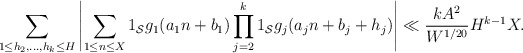
\begin{align*} \sum_{1 \leq h_2,\dots,h_k \leq H} \left|\sum_{1 \leq n \leq X} 1_{\mathcal S} g_1(a_1 n + b_1) \prod_{j=2}^k 1_{\mathcal S} g_j(a_j n + b_j + h_j)\right| \ll \frac{kA^2}{W^{1/20}} H^{k-1} X.\end{align*}